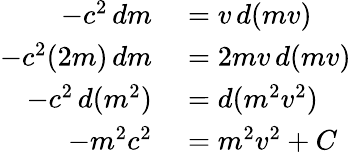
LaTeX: \begin{array}{rl}{-c^{2}\, dm}&{{}=v\, d(mv)}\\ {-c^{2}(2m)\, dm}&{{}=2mv\, d(mv)}\\ {-c^{2}\, d(m^{2})}&{{}=d(m^{2}v^{2})}\\ {-m^{2}c^{2}}&{{}=m^{2}v^{2}+C}\end{array}